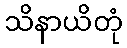
သိနာယိတုံ